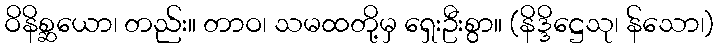
ဝိနိစ္ဆယော၊ တည်း။ တာဝ၊ သမထတို့မှ ရှေးဦးစွာ။ (နိဒ္ဒိဋ္ဌေသု၊ န်သော၊)